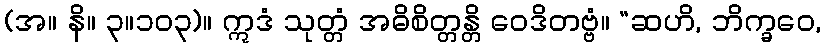
(အ။ နိ။ ၃။၁၀၃)။ ဣဒံ သုတ္တံ အဓိစိတ္တန္တိ ဝေဒိတဗ္ဗံ။ “ဆဟိ, ဘိက္ခဝေ,